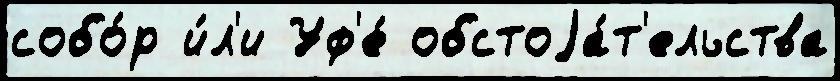
собо́р и́л'и Уф'е́ обстоjа́т'ельства